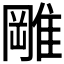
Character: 𨿺